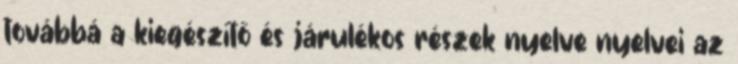
továbbá a kiegészítő és járulékos részek nyelve nyelvei az